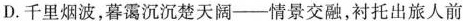
D.千里烟波，暮霭沉沉楚天阔——情景交融，衬托出旅人前